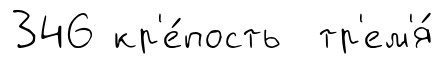
346 кр'е́пость тр'ем'я́